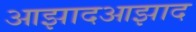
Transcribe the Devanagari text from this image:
आझादआझाद